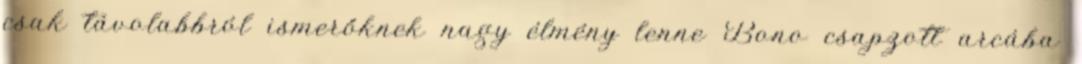
csak távolabbról ismerőknek nagy élmény lenne Bono csapzott arcába